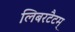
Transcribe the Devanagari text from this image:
लिबरटैटम्